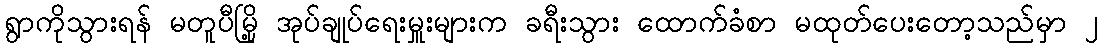
ရွာကိုသွားရန် မတူပီမြို့ အုပ်ချုပ်ရေးမှူးများက ခရီးသွား ထောက်ခံစာ မထုတ်ပေးတော့သည်မှာ ၂